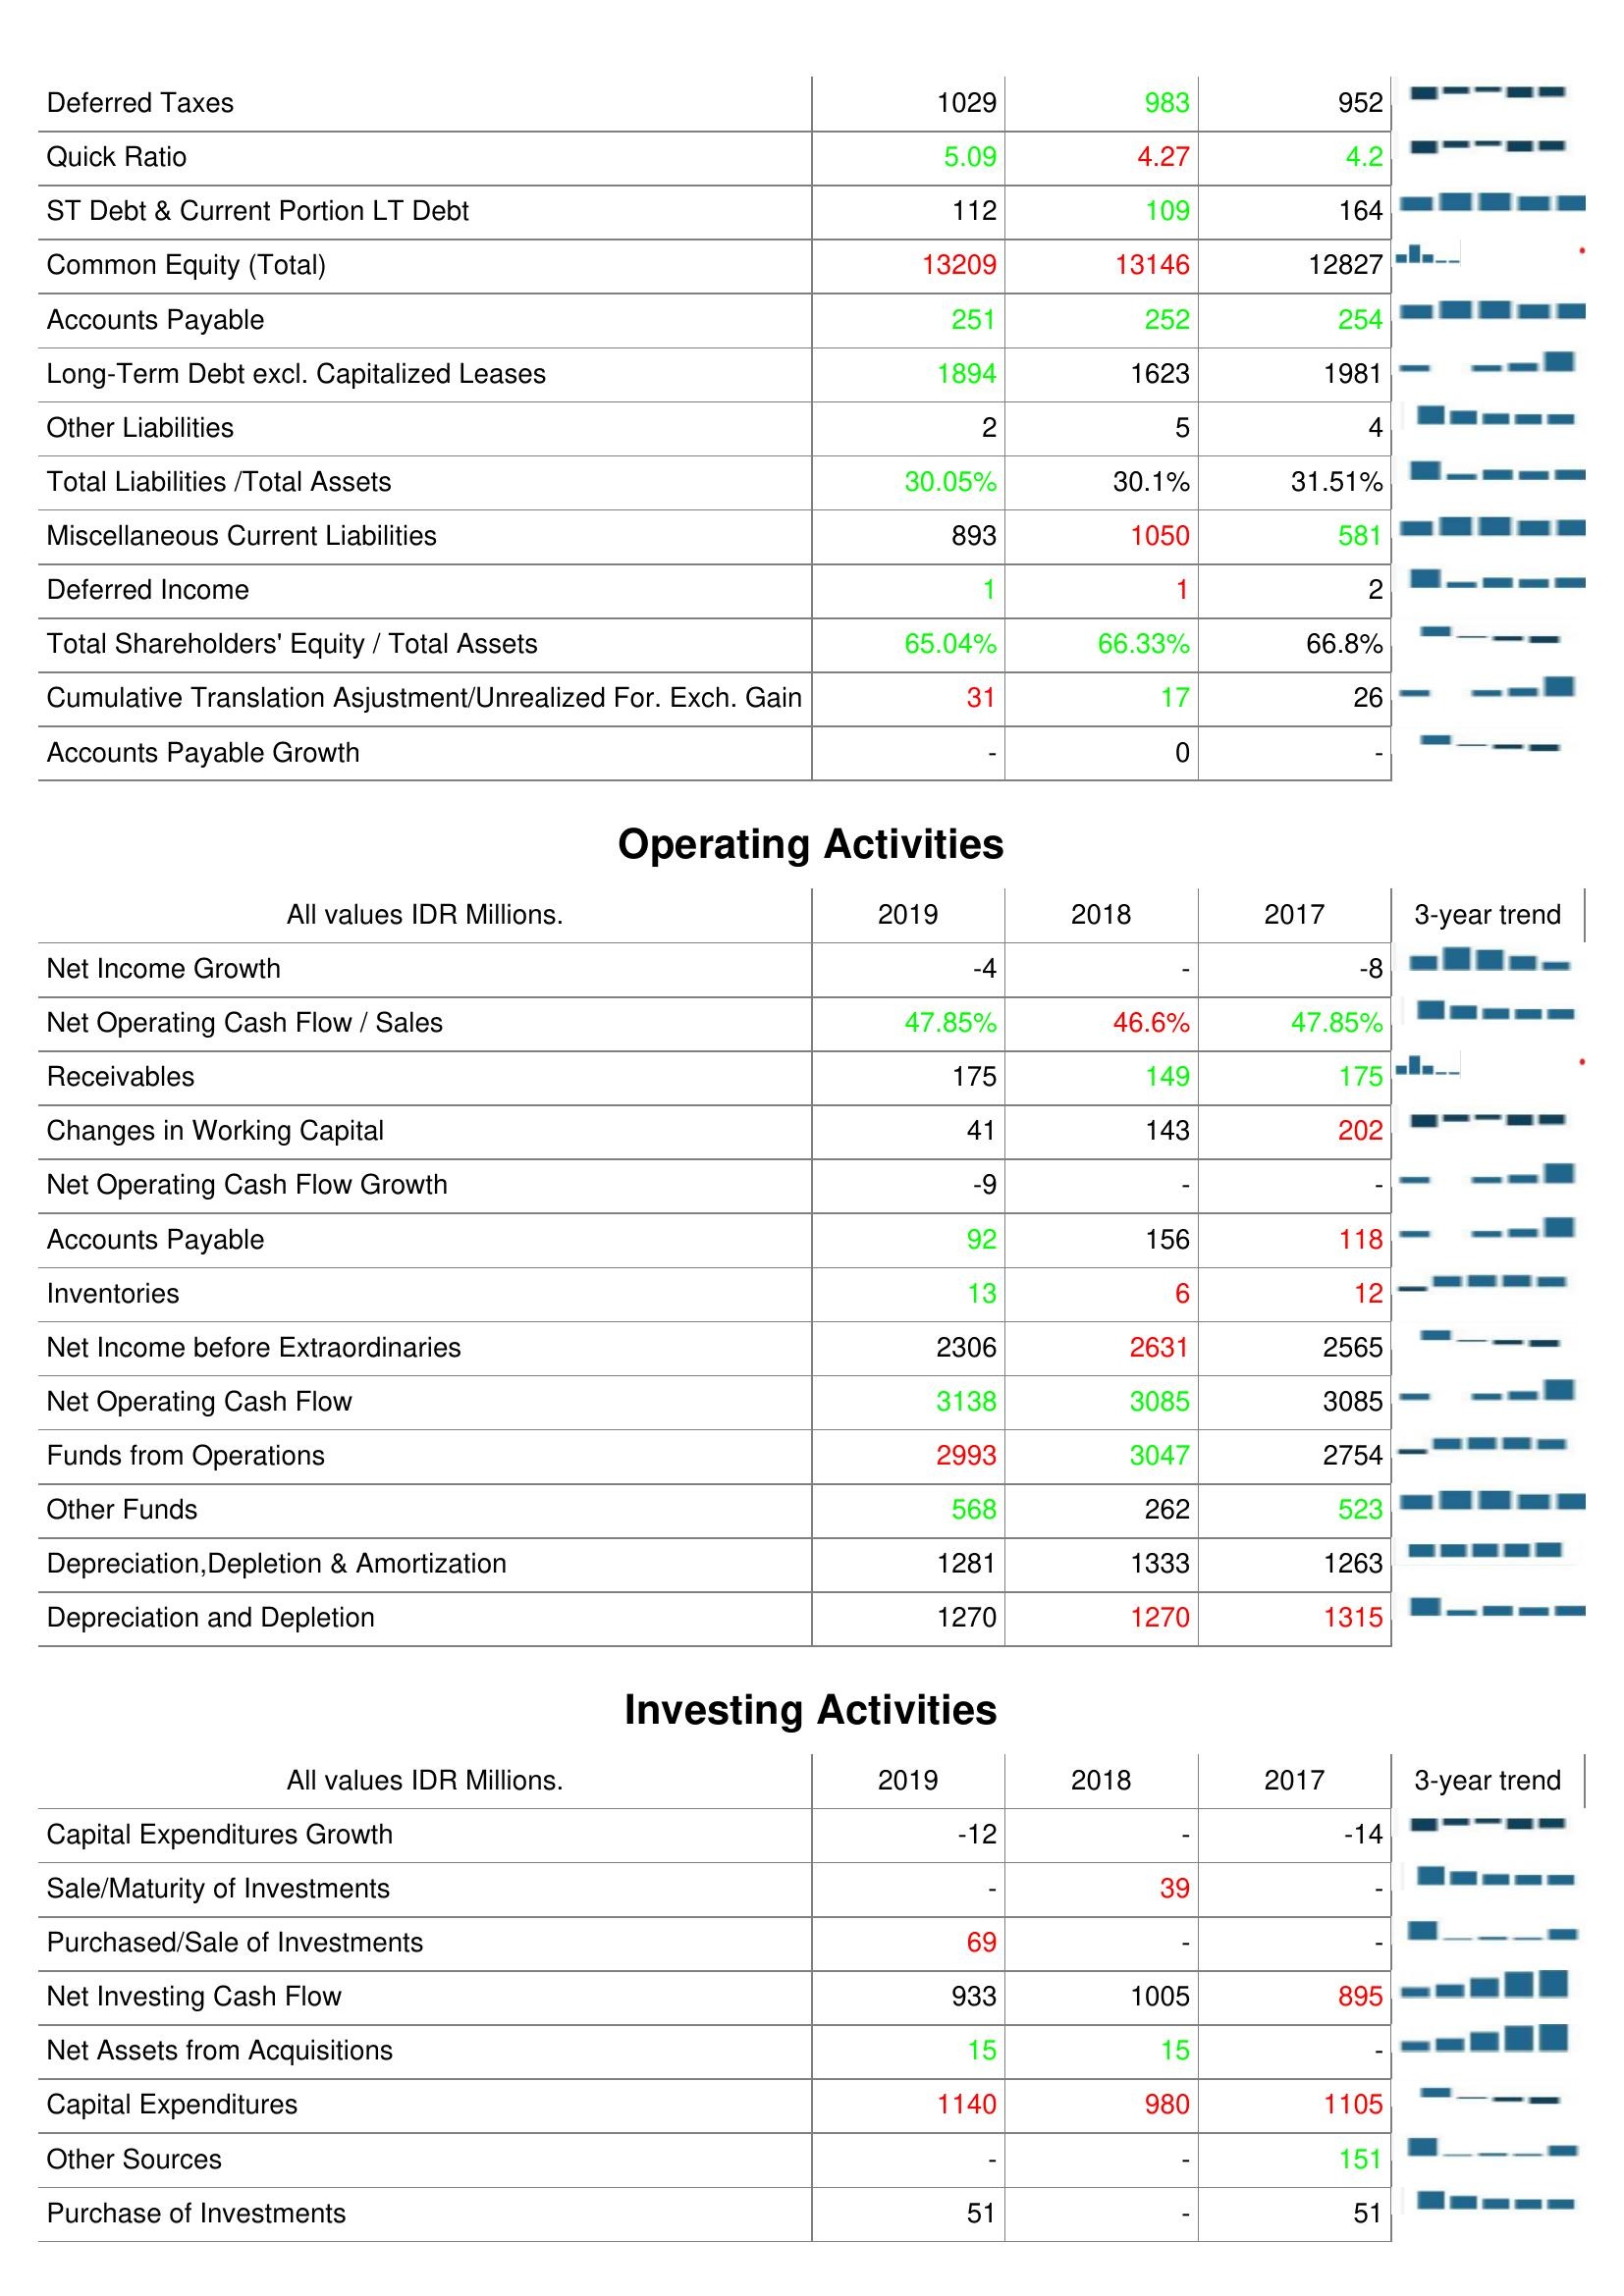
2019: Liabilities & Shareholder's Equity: Deferred Taxes: 1029
Quick Ratio: 5.09
ST Debt & Current Portion LT Debt: 112
Common Equity (Total): 13209
Accounts Payable: 251
Long-Term Debt excl. Capitalized Leases: 1894
Other Liabilities: 2
Total Liabilities /Total Assets: 30.05%
Miscellaneous Current Liabilities: 893
Deferred Income: 1
Total Shareholders' Equity / Total Assets: 65.04%
Cumulative Translation Asjustment/Unrealized For. Exch. Gain: 31
Accounts Payable Growth: -
Operating Activities: Net Income Growth: -4
Net Operating Cash Flow / Sales: 47.85%
Receivables: 175
Changes in Working Capital: 41
Net Operating Cash Flow Growth: -9
Accounts Payable: 92
Inventories: 13
Net Income before Extraordinaries: 2306
Net Operating Cash Flow: 3138
Funds from Operations: 2993
Other Funds: 568
Depreciation,Depletion & Amortization: 1281
Depreciation and Depletion: 1270
Investing Activities: Capital Expenditures Growth: -12
Sale/Maturity of Investments: -
Purchased/Sale of Investments: 69
Net Investing Cash Flow: 933
Net Assets from Acquisitions: 15
Capital Expenditures: 1140
Other Sources: -
Purchase of Investments: 51
2018: Liabilities & Shareholder's Equity: Deferred Taxes: 983
Quick Ratio: 4.27
ST Debt & Current Portion LT Debt: 109
Common Equity (Total): 13146
Accounts Payable: 252
Long-Term Debt excl. Capitalized Leases: 1623
Other Liabilities: 5
Total Liabilities /Total Assets: 30.1%
Miscellaneous Current Liabilities: 1050
Deferred Income: 1
Total Shareholders' Equity / Total Assets: 66.33%
Cumulative Translation Asjustment/Unrealized For. Exch. Gain: 17
Accounts Payable Growth: 0
Operating Activities: Net Income Growth: -
Net Operating Cash Flow / Sales: 46.6%
Receivables: 149
Changes in Working Capital: 143
Net Operating Cash Flow Growth: -
Accounts Payable: 156
Inventories: 6
Net Income before Extraordinaries: 2631
Net Operating Cash Flow: 3085
Funds from Operations: 3047
Other Funds: 262
Depreciation,Depletion & Amortization: 1333
Depreciation and Depletion: 1270
Investing Activities: Capital Expenditures Growth: -
Sale/Maturity of Investments: 39
Purchased/Sale of Investments: -
Net Investing Cash Flow: 1005
Net Assets from Acquisitions: 15
Capital Expenditures: 980
Other Sources: -
Purchase of Investments: -
2017: Liabilities & Shareholder's Equity: Deferred Taxes: 952
Quick Ratio: 4.2
ST Debt & Current Portion LT Debt: 164
Common Equity (Total): 12827
Accounts Payable: 254
Long-Term Debt excl. Capitalized Leases: 1981
Other Liabilities: 4
Total Liabilities /Total Assets: 31.51%
Miscellaneous Current Liabilities: 581
Deferred Income: 2
Total Shareholders' Equity / Total Assets: 66.8%
Cumulative Translation Asjustment/Unrealized For. Exch. Gain: 26
Accounts Payable Growth: -
Operating Activities: Net Income Growth: -8
Net Operating Cash Flow / Sales: 47.85%
Receivables: 175
Changes in Working Capital: 202
Net Operating Cash Flow Growth: -
Accounts Payable: 118
Inventories: 12
Net Income before Extraordinaries: 2565
Net Operating Cash Flow: 3085
Funds from Operations: 2754
Other Funds: 523
Depreciation,Depletion & Amortization: 1263
Depreciation and Depletion: 1315
Investing Activities: Capital Expenditures Growth: -14
Sale/Maturity of Investments: -
Purchased/Sale of Investments: -
Net Investing Cash Flow: 895
Net Assets from Acquisitions: -
Capital Expenditures: 1105
Other Sources: 151
Purchase of Investments: 51